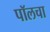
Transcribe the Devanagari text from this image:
पॉलचा